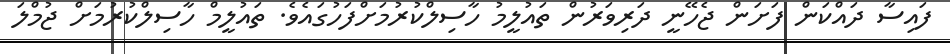
ފައިސާ ދައްކަން ފަށަން ޖެހޭނީ ދަރިވަރުން ތައުލީމު ހާސިލްކުރުމަށްފަހުގައެވެ. ތައުލީމް ހާސިލްކުރުމަށް ޖުމްލަ